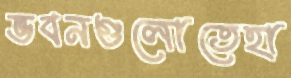
ভবনগুলোতেহা